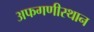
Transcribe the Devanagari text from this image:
अफगणीस्थान